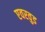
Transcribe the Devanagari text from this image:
एवरवुड